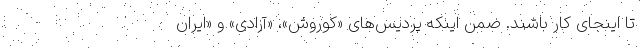
تا اینجای کار باشند. ضمن اینکه پردیس‌های «کوروش»، «آزادی» و «ایران